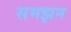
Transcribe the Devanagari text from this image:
समझन